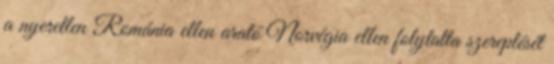
a nyeretlen Románia ellen arató Norvégia ellen folytatta szereplését